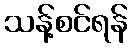
သန့်စင်ရန်